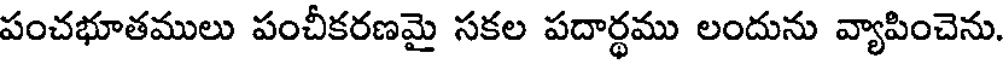
పంచభూతములు పంచీకరణమై సకల పదార్థము లందును వ్యాపించెను.